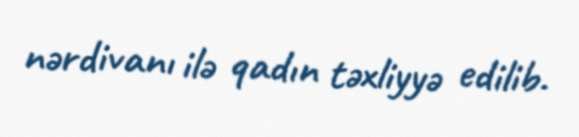
nərdivanı ilə qadın təxliyyə edilib.